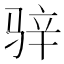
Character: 骍